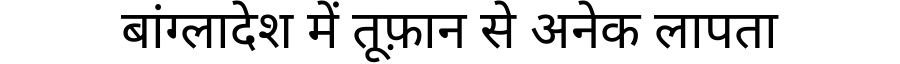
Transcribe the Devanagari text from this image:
बांग्लादेश में तूफ़ान से अनेक लापता